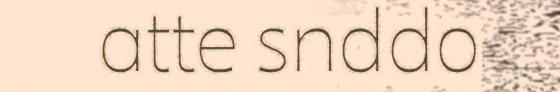
atte snddo